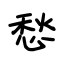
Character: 愁